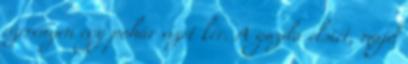
szerényen egy pohár vizet kér. A gazda elsiet, majd